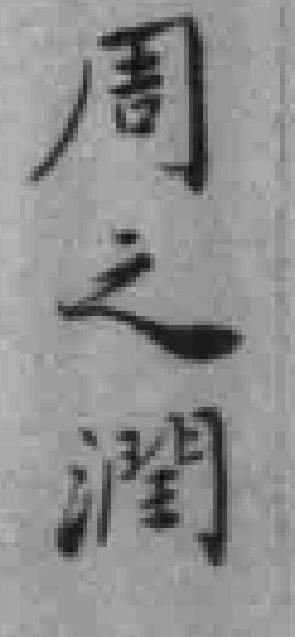
周之潤